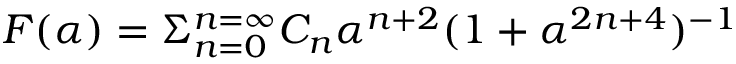
F ( \alpha ) = \Sigma _ { n = 0 } ^ { n = \infty } C _ { n } \alpha ^ { n + 2 } ( 1 + \alpha ^ { 2 n + 4 } ) ^ { - 1 }